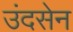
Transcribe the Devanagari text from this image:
उंदसेन